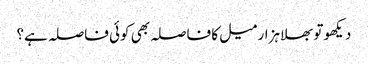
دیکھو تو بھلا ہزار میل کا فاصلہ بھی کوئی فاصلہ ہے؟